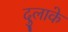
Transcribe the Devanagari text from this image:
दुलाके